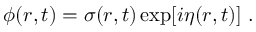
\phi ( r , t ) = \sigma ( r , t ) \exp [ i \eta ( r , t ) ] \ .